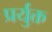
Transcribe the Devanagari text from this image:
प्रर्युक्त